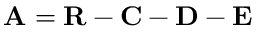
\mathbf { A } = \mathbf { R } - \mathbf { C } - \mathbf { D } - \mathbf { E }